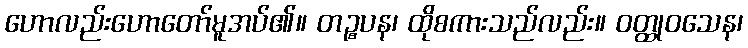
ဟောလည်းဟောတော်မူအပ်၏။ တဉ္စပန၊ ထိုစကားသည်လည်း။ ဝတ္ထုဝသေန၊